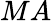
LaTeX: MA